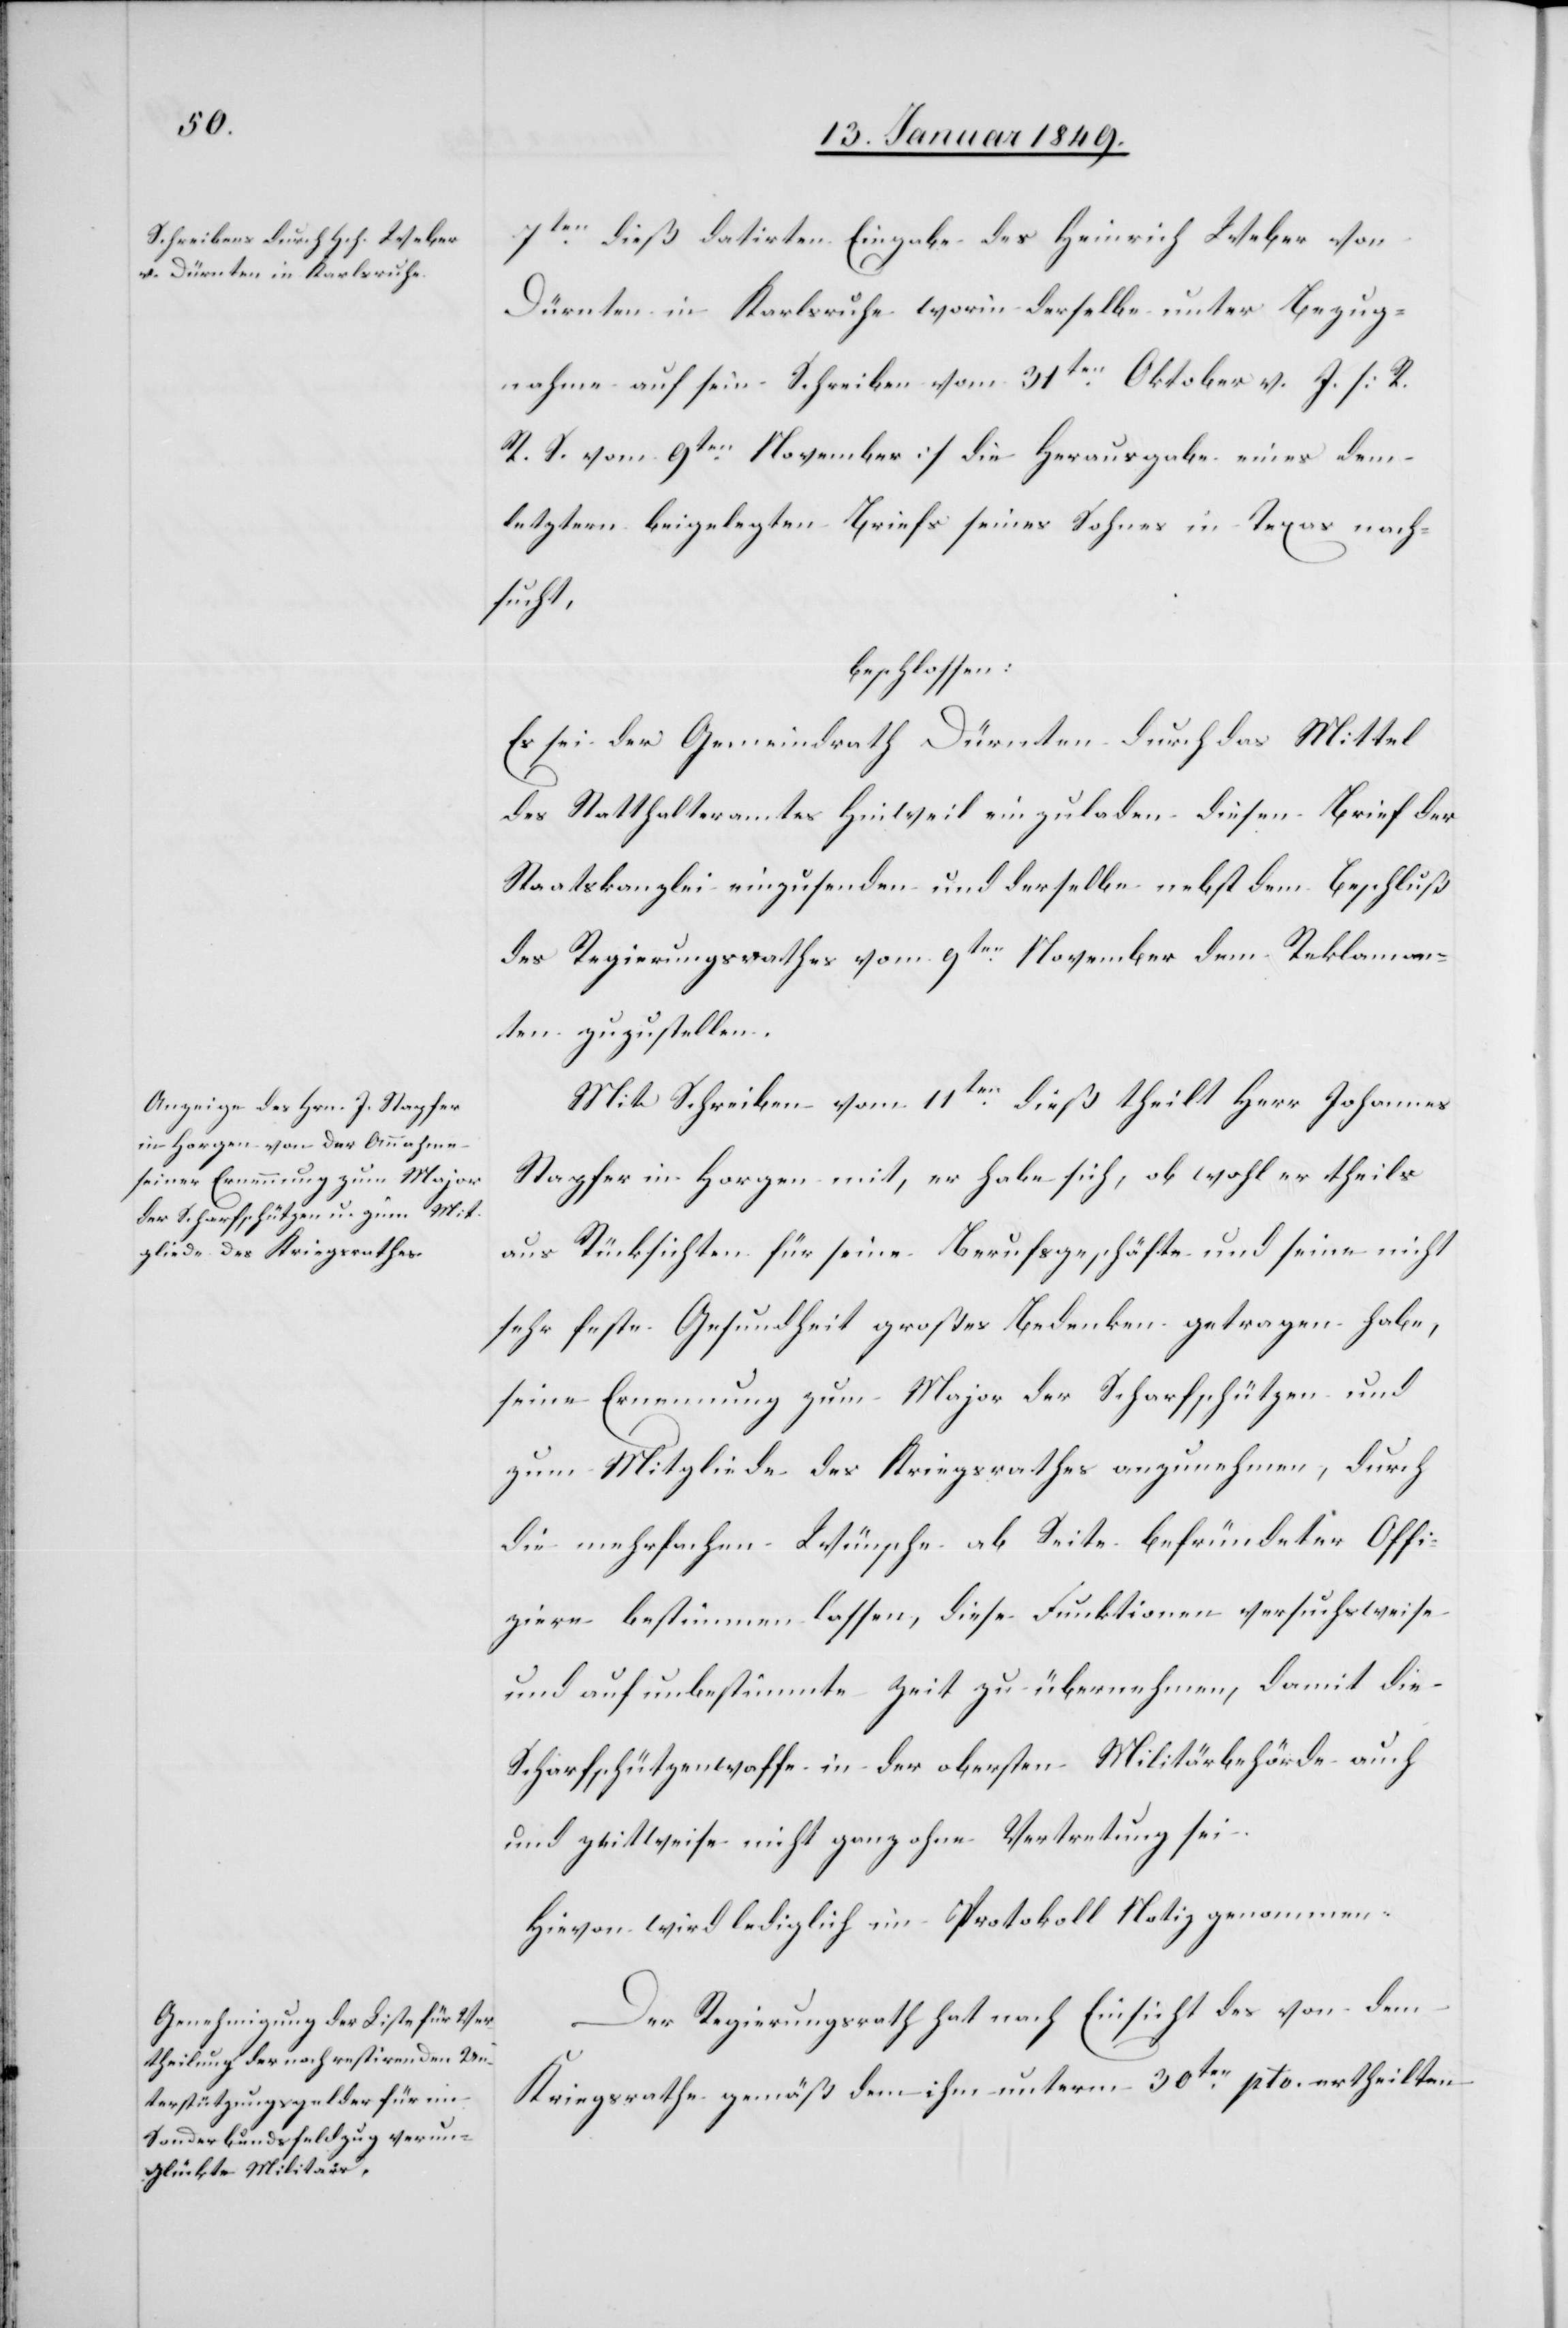
7ten. dieß datirten Eingabe des Heinrich Weber von
Dürnten in Karlsruhe worin derselbe unter Bezug¬
nahme auf sein Schreiben vom 31ten. Oktober v. J. [R.
R. S. vom 9ten. November] die Herausgabe eines dem
letztern beigelegten Briefs seines Sohnes in Texas nach¬
sucht,
beschlossen:
Es sei der Gemeindrath Dürnten durch das Mittel
des Statthalteramtes Hinweil einzuladen diesen Brief der
Staatskanzlei einzusenden und derselbe nebst dem Beschluß
des Regierungsrathes vom 9ten. November dem Reklamen¬
ten zuzustellen.
Mit Schreiben vom 11ten. dieß theilt Herr Johannes
Stapfer in Horgen mit, er habe sich, ob wohl er theils
aus Rücksichten für seine Berufsgeschäfte und seine nicht
sehr feste Gesundheit großes Bedenken getragen habe,
seine Ernennung zum Major der Scharfschützen und
zum Mitgliede des Kriegsrathes anzunehmen, durch
die mehrfachen Wünsche ab Seite befründeter Offi¬
ziere bestimmen lassen, diese Funktionen versuchsweise
und auf unbestimmte Zeit zu übernehmen, damit die
Scharfschützenwaffe in der obersten Militärbehörde auch
und zeitweise nicht ganz ohne Vertretung sei.
Hievon wird lediglich im Protokoll Notiz genommen.
Der Regierungsrath hat nach Einsicht der von dem
Kriegsrathe gemäß dem ihm unterm 30ten. pto. ertheilten